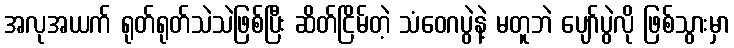
အလုအယက် ရုတ်ရုတ်သဲသဲဖြစ်ပြီး ဆိတ်ငြိမ်တဲ့ သံဝေဂပွဲနဲ့ မတူဘဲ ပျော်ပွဲလို ဖြစ်သွားမှာ